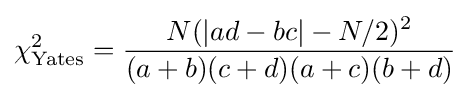
\chi _{\text{Yates}}^{2}={\frac {N(|ad-bc|-N/2)^{2}}{(a+b)(c+d)(a+c)(b+d)}}